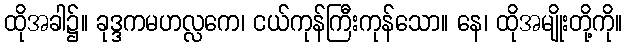
ထိုအခါ၌။ ခုဒ္ဒကမဟလ္လကေ၊ ငယ်ကုန်ကြီးကုန်သော။ နေ၊ ထိုအမျိုးတို့ကို။